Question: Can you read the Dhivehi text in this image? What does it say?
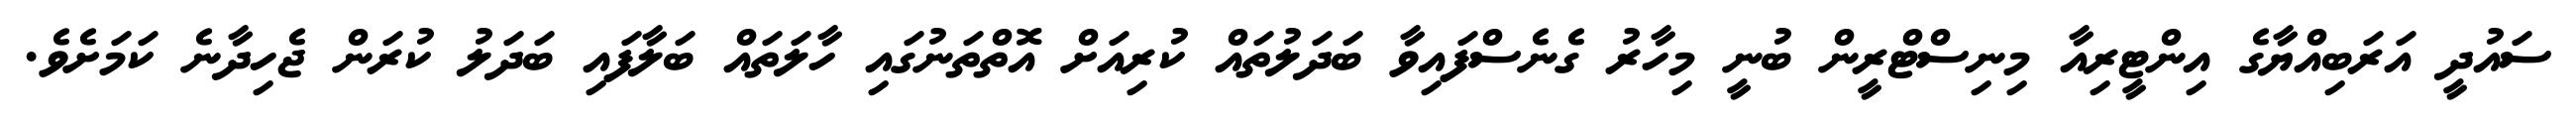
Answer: ސައުދީ އަރަބިއްޔާގެ އިންޓީރިއާ މިނިސްޓްރީން ބުނީ މިހާރު ގެނެސްފައިވާ ބަދަލުތައް ކުރިއަށް އޮތްތަނުގައި ހާލަތައް ބަލާފައި ބަދަލު ކުރަން ޖެހިދާނެ ކަމަށެވެ.